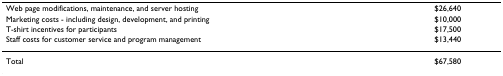
| Web page modifications, maintenance, and server hosting | $26,640 |
 | Marketing costs - including design, development, and printing | $10,000 |
 | T-shirt incentives for participants | $17,500 |
 | Staff costs for customer service and program management | $13,440 |
 | --- | --- |
 | Total | $67,580 |